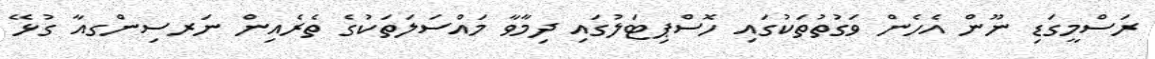
ރަސްމީގަޑި ނޫން އެހެން ވަގުތުތަކުގައި ހޮސްޕިޓަލުގައި ދިމާވާ މައްސަލަތަކުގެ ތެރެއިން ނަރސިންގއާ ގުޅޭ